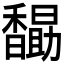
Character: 𮩭